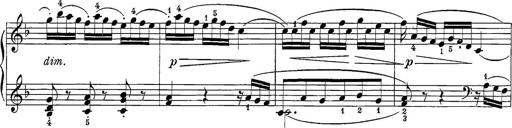
Title: 12 Sonatine per Pianoforte
Composer: Friedrich Kuhlau